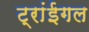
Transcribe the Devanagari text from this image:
ट्रांईगल